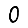
Digit: 0